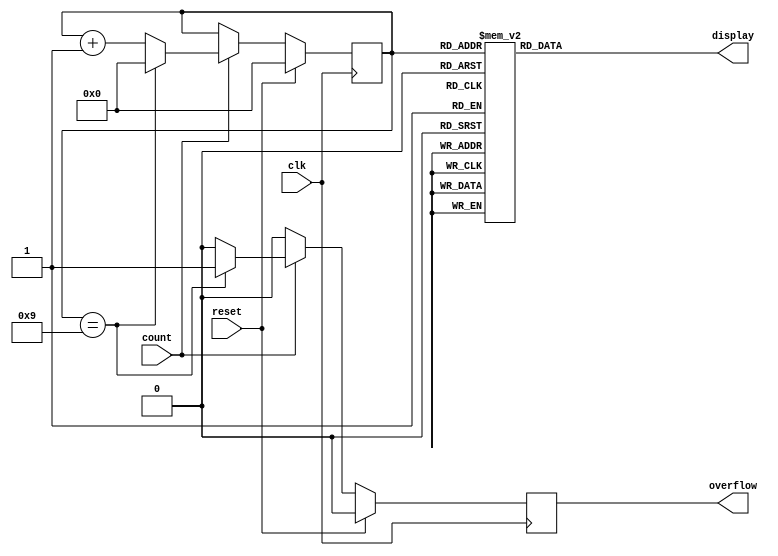
// Controls a 7 segment display
module seven_seg(
	input clk,
	input reset,
	input count,
	output reg [6:0]display,
	output reg overflow	
);

reg [3:0]counter;

always @(posedge clk) begin
	if (reset) begin
		counter <= 1'b0;
		overflow <= 1'b0;
	end else begin
		if(count) begin
			if (counter == 4'd9) begin
				counter <= 1'b0;
				overflow <= 1'b1;
			end else begin
				counter <= counter + 1'b1;
				overflow <= 1'b0;
			end
		end else begin
			overflow <= 1'b0;
		end
	end
	
end

always @(*) begin
	case(counter)
		4'd0	:	display = 7'b1000000;
		4'd1	:	display = 7'b1111001;
		4'd2	:	display = 7'b0100100;
		4'd3	:	display = 7'b0110000;
		4'd4	:	display = 7'b0011001;
		4'd5	:	display = 7'b0010010;
		4'd6	:	display = 7'b0000010;
		4'd7	:	display = 7'b1111000;
		4'd8	:	display = 7'b0000000;
		4'd9	:	display = 7'b0010000;
		default	:	display = 7'b0000000;
	endcase 
end

endmodule